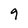
Character: 9